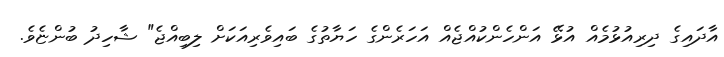
އާދައިގެ ދިރިއުޅުމެއް އުޅޭ އަންހެންކުއްޖެއް އަހަރެންގެ ހަޔާތުގެ ބައިވެރިއަކަށް ލިބިއްޖެ" ޝާހިދު ބުންޏެވެ.